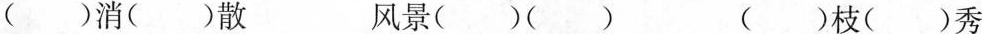
()消()散 风景()() ()枝()秀